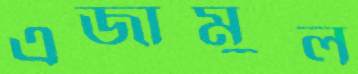
এজামুল